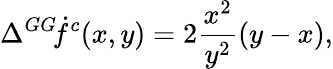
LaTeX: \Delta{^{GG}\! \dot{f}^{c}}(x,y)=2\frac{x^{2}}{y^{2}}(y-x),